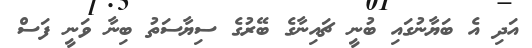
އަދި އެ ބަޔާނުގައި ބުނީ ޗައިނާގެ ބޭރުގެ ސިޔާސަތު ބިނާ ވަނީ ފަސް